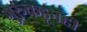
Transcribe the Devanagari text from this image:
गुरूंकडूनही